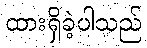
ထားရှိခဲ့ပါသည်